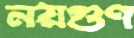
নয়গুণ